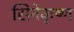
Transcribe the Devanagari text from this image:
सिनेकृष्ण